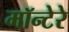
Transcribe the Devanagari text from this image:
मॉन्टेरे